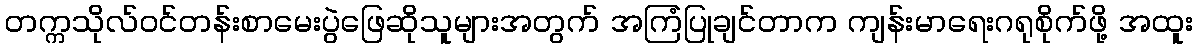
တက္ကသိုလ်ဝင်တန်းစာမေးပွဲဖြေဆိုသူများအတွက် အကြံပြုချင်တာက ကျန်းမာရေးဂရုစိုက်ဖို့ အထူး